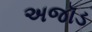
અજૉડ